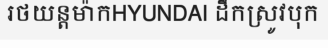
រថយន្តម៉ាកHYUNDAI ដឹកស្រូវបុក